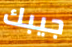
جيبك